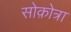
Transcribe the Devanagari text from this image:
सोक़ोत्रा